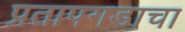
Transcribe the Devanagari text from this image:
प्रतापगडाचा